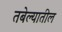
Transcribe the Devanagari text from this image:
तबेल्यातील